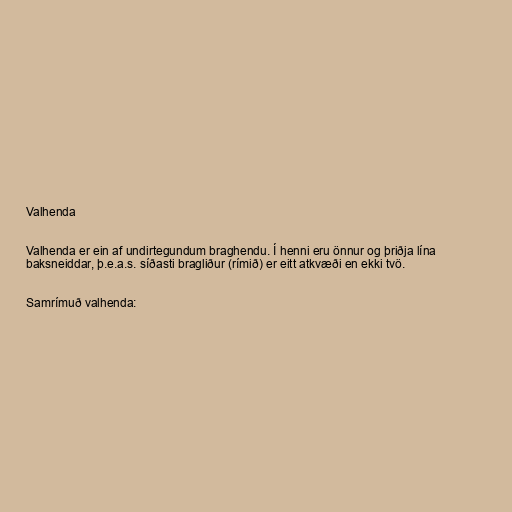
Valhenda

Valhenda er ein af undirtegundum braghendu. Í henni eru önnur og þriðja lína
baksneiddar, þ.e.a.s. síðasti bragliður (rímið) er eitt atkvæði en ekki tvö.

Samrímuð valhenda: